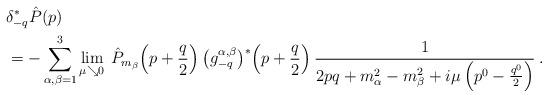
LaTeX: \begin{align*}&\delta_{-q}^* \hat{P}(p) \\&= -\sum_{\alpha, \beta=1}^3\lim_{\mu \searrow 0} \: \hat{P}_{m_\beta}\Big( p+\frac{q}{2} \Big)\: \big(g_{-q}^{\alpha,\beta}\big)^* \Big( p+\frac{q}{2} \Big)\:\frac{1}{2 p q + m_\alpha^2 - m_\beta^2 +i \mu \:\Big(p^0 - \frac{q^0}{2} \Big)} \:. \end{align*}